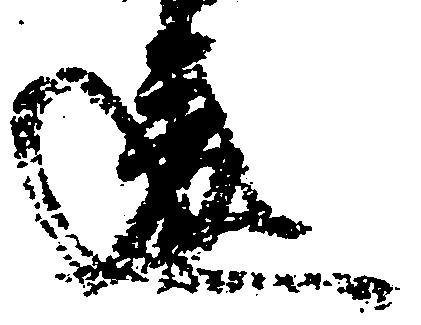
違